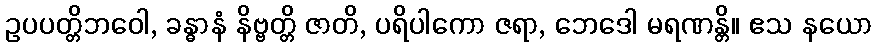
ဥပပတ္တိဘဝေါ, ခန္ဓာနံ နိဗ္ဗတ္တိ ဇာတိ, ပရိပါကော ဇရာ, ဘေဒေါ မရဏန္တိ။ ဧသ နယော